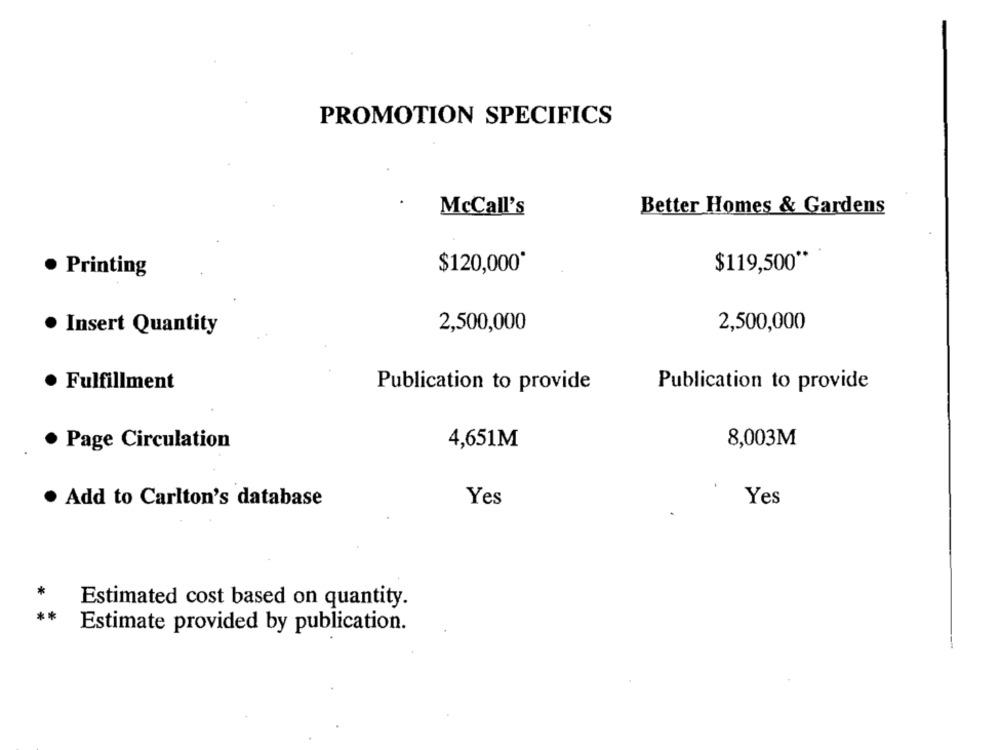
PROMOTION SPECIFICS
Better Homes & Gardens
McCall's
$120,000*
$119,500 **
· Printing
Insert Quantity
2,500,000
2,500,000
Fulfillment
Publication to provide
Publication to provide
8,003M
Page Circulation
4,651M
. Add to Carlton's database
Yes
Yes
*
Estimated cost based on quantity.
**
Estimate provided by publication.